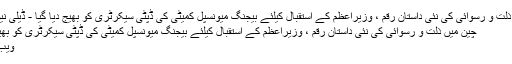
چین میں ذلت و رسوائی کی نئی داستان رقم ، وزیراعظم کے استقبال کیلئے بیجنگ میونسپل کمیٹی کی ڈپٹی سیکرٹری کو بھیج دیا گیا - ڈیلی نیوز لاؤنج
چین میں ذلت و رسوائی کی نئی داستان رقم ، وزیراعظم کے استقبال کیلئے بیجنگ میونسپل کمیٹی کی ڈپٹی سیکرٹری کو بھیج دیا گیا
ویب ڈیسک ۔